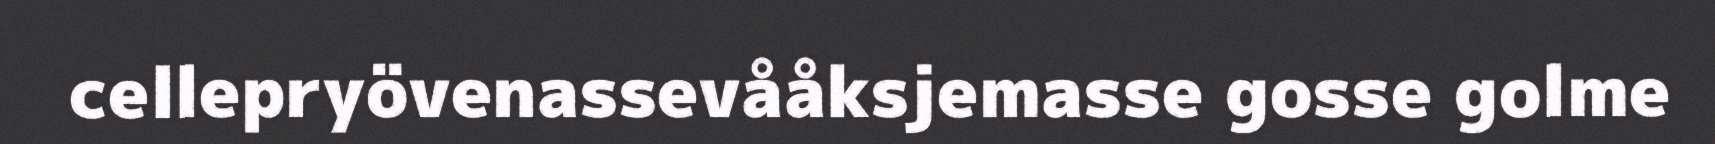
cellepryövenassevååksjemasse gosse golme